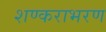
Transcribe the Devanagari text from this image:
शण्कराभरण